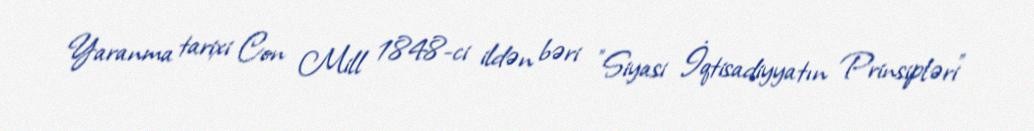
Yaranma tarixi Con Mill 1848-ci ildən bəri "Siyasi İqtisadiyyatın Prinsipləri"